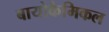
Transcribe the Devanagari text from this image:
बायोकैमिकल